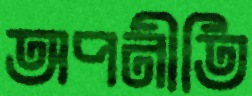
অপনীতি